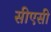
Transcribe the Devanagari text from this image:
सीएसी